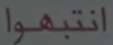
انتبهوا